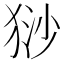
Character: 猀